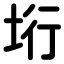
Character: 垳